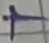
Text: +